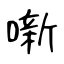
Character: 噺